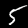
Digit: 5